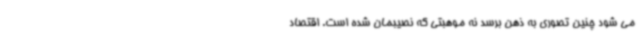
می شود چنین تصوری به ذهن برسد نه موهبتی که نصیبمان شده است. اقتصاد